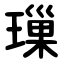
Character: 璅